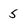
Character: 5